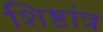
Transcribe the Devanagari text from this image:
शिष्टांत्र